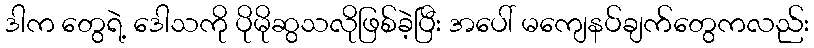
ဒါက တွေရဲ့ ဒေါသကို ပိုမိုဆွသလိုဖြစ်ခဲ့ပြီး အပေါ် မကျေနပ်ချက်တွေကလည်း